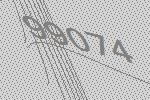
99074